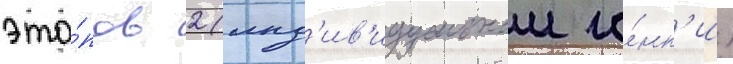
эта́пов 2 (инд'ив'идуальнои го́нк'и)